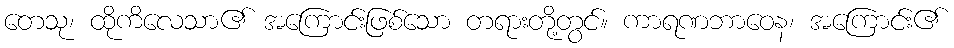
တေသု၊ ထိုကိလေသာ၏ အကြောင်းဖြစ်သော တရားတို့တွင်။ ကာရဏဘာဝေန၊ အကြောင်း၏